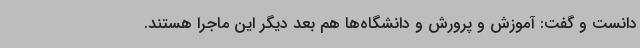
دانست و گفت: آموزش و پرورش و دانشگاه‌ها هم بعد دیگر این ماجرا هستند.